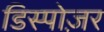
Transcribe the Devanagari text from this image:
डिस्पोज़र